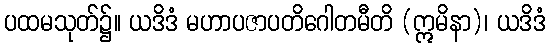
ပထမသုတ်၌။ ယဒိဒံ မဟာပဇာပတိဂေါတမီတိ (ဣမိနာ)၊ ယဒိဒံ